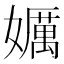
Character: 𱙯